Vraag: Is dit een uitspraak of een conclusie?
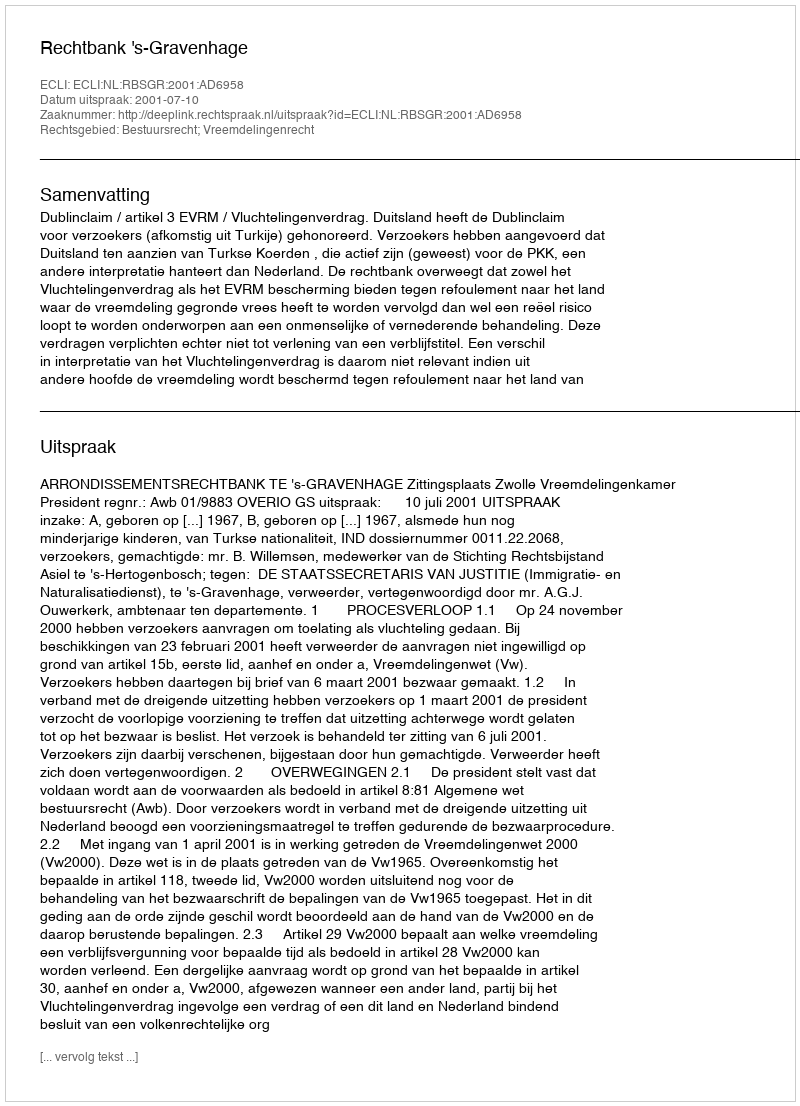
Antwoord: Uitspraak